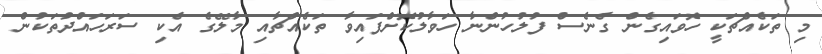
މި ތަކެއްޗަކީ ހޮވައިގެން ގެނެސް ފުލުހުންނާ ހަވާލުކޮށްފައިވާ ތަކެއްޗާއި މާލޭގެ އެކި ސަރަހައްދުތަކުން